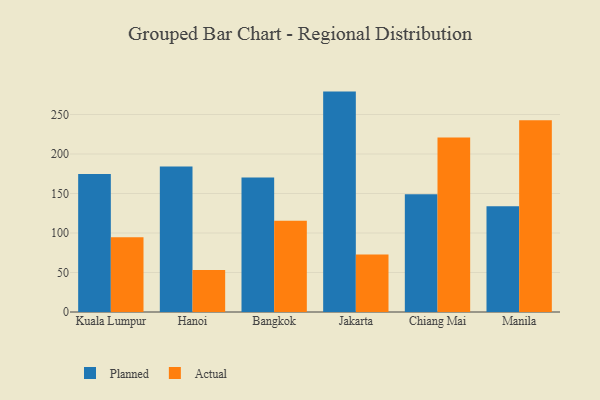
{"axis": {"x": "City", "y": "Waste Production (Tons)"}, "legend": ["Actual", "Planned"], "data": [{"x": "Kuala Lumpur", "y": 174.7, "type": "Planned"}, {"x": "Kuala Lumpur", "y": 94.6, "type": "Actual"}, {"x": "Hanoi", "y": 184.3, "type": "Planned"}, {"x": "Hanoi", "y": 53.3, "type": "Actual"}, {"x": "Bangkok", "y": 170.3, "type": "Planned"}, {"x": "Bangkok", "y": 115.5, "type": "Actual"}, {"x": "Jakarta", "y": 279.0, "type": "Planned"}, {"x": "Jakarta", "y": 72.9, "type": "Actual"}, {"x": "Chiang Mai", "y": 149.0, "type": "Planned"}, {"x": "Chiang Mai", "y": 220.9, "type": "Actual"}, {"x": "Manila", "y": 133.8, "type": "Planned"}, {"x": "Manila", "y": 242.7, "type": "Actual"}]}